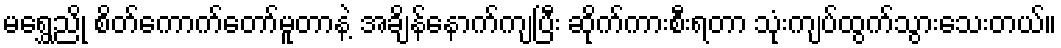
မရွှေညို စိတ်ကောက်တော်မူတာနဲ့ အချိန်နောက်ကျပြီး ဆိုက်ကားစီးရတာ သုံးကျပ်ထွက်သွားသေးတယ်။